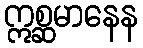
ဣစ္ဆမာနေန